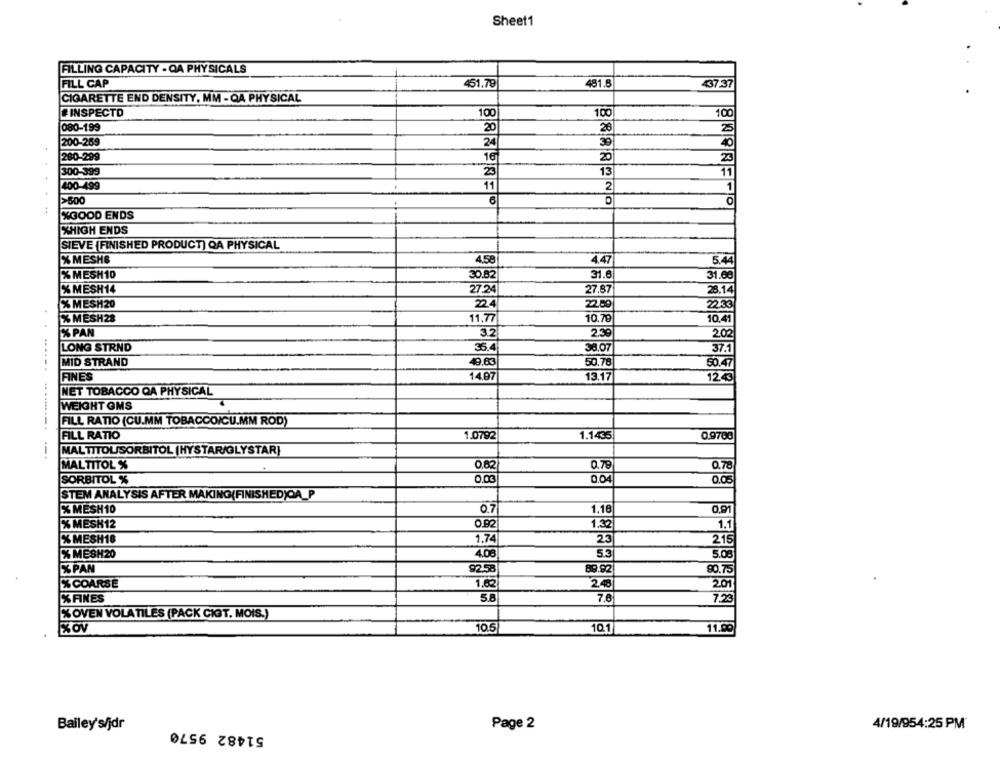
Sheet1
FILLING CAPACITY - QA PHYSICALS
FILL CAP
451.79
481.8
437.37
CIGARETTE END DENSITY, MM - QA PHYSICAL
#INSPECTD
100
100
100
080-199
20
26
25
200-259
24
280-299
16
20
23
300-399
23
13
11
400-499
11
2
1
>500
%GOOD ENDS
XHIGH ENDS
SIEVE [FINISHED PRODUCT) QA PHYSICAL
%MESH&
4,58
4.47
5.44
% MESH10
30.82
31.6
31.68
27.24
27.87
% MESH14
28.14
%MESH20
22.4
2.80
22.33
%MESH28
11.77
10.78
10.41
% PAN
3.2
2.39
2.02
LONG STRND
35.4
38.07
37.1
MID STRAND
49.63
50.76
50.47
......
FINES
14.97
13.17
120
NET TOBACCO QA PHYSICAL
WEIGHT OMS
FILL RATIO (CU.MM TOBACCO/CU.MM ROD)
FILL RATIO
1.0792
1.1435
0.9700
----
MALTITOL SORBITOL |HYSTAR/GLYSTAR}
MAL TITOL %
0.82
0.78
0.78
SORBITOL %
0.00
0.04
0.0.
STEM ANALYSIS AFTER MAKING(FINISHED)OA_P
%MESH10
0.7
1,18
0.91
%MESH12
0.92
1.32
1.1
% MESH18
1.74
23
218
%MESH20
4.06
5.3
5.0
% PAN
9258
89.92
90.75
% COARSE
1.62
2.48
201
%FINES
5.8
7.6
75
%OVEN VOLATILES (PACK CIT. MOIS.)
%OV
10.5
10.1
11.90
51482 9570
4/19/954:25 PM
Bailey's/jdr
Page 2